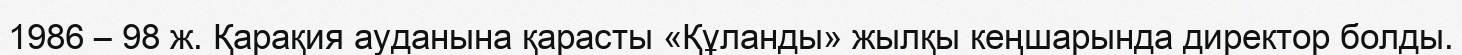
1986 – 98 ж. Қарақия ауданына қарасты «Құланды» жылқы кеңшарында директор болды.